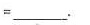
=___.